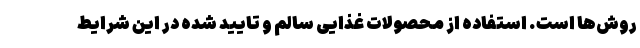
روش‌ها است. استفاده از محصولات غذایی سالم و تایید شده در این شرایط